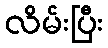
လိမ်းပြီး